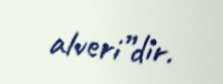
alveri”dir.